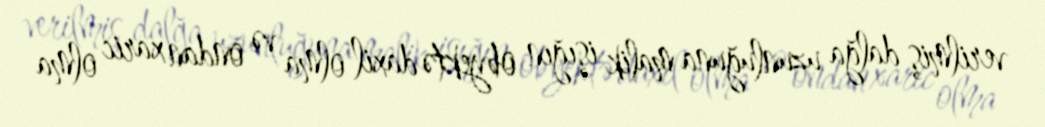
verilmiş dalğa uzunluğuna malik işığın obyektə daxil olma və ondan xaric olma